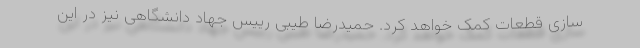
سازی قطعات کمک خواهد کرد. حمیدرضا طیبی رییس جهاد دانشگاهی نیز در این